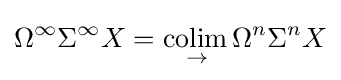
\Omega ^{\infty }\Sigma ^{\infty }X={\underset {\to }{\operatorname {colim} {}}}\Omega ^{n}\Sigma ^{n}X